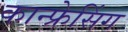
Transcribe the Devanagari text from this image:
कान्फ्रेसिंग